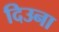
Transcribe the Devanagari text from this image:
दिउना